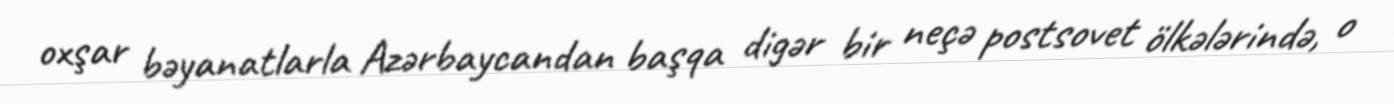
oxşar bəyanatlarla Azərbaycandan başqa digər bir neçə postsovet ölkələrində, o